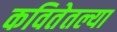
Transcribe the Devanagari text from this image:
कवितेतल्या